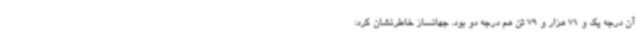
آن درجه یک و 71 هزار و 79 تن هم درجه دو بود. جهانساز خاطرنشان کرد: